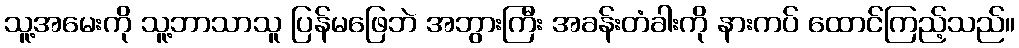
သူ့အမေးကို သူ့ဘာသာသူ ပြန်မဖြေဘဲ အဘွားကြီး အခန်းတံခါးကို နားကပ် ထောင်ကြည့်သည်။